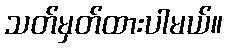
သတ်မှတ်ထားပါမယ်။